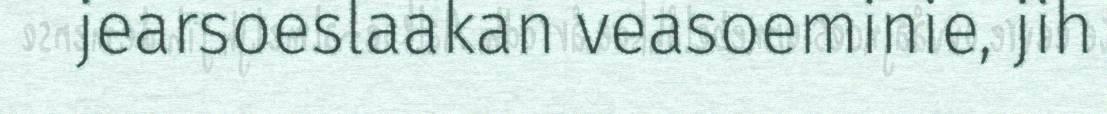
jearsoeslaakan veasoeminie, jih